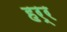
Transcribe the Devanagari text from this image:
हर्र